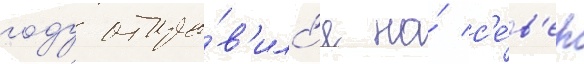
году отпра́в'илс'я на́ с'е́в'ер